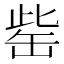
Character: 𦈬